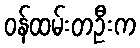
ဝန်ထမ်းတဦးက